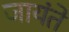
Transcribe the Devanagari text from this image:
जायंते